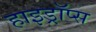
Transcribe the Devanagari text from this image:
हाइड्रॉप्स